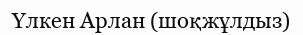
Үлкен Арлан (шоқжұлдыз)